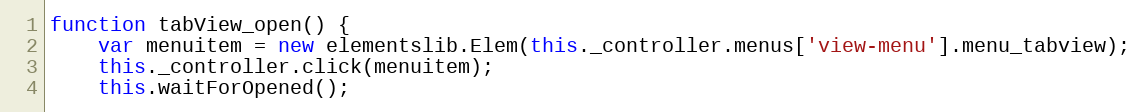
Language: JavaScript
function tabView_open() {
    var menuitem = new elementslib.Elem(this._controller.menus['view-menu'].menu_tabview);
    this._controller.click(menuitem);
    this.waitForOpened();